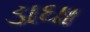
ડાઘા